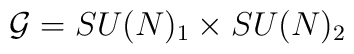
{\cal G}=SU(N)_1 \times SU(N)_2